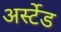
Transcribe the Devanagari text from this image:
अर्स्टेड